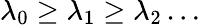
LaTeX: \lambda_{0}\geq\lambda_{1}\geq\lambda_{2}\ldots